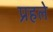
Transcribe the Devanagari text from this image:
प्रहले